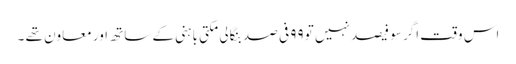
اس وقت اگر سو فیصد نہیں تو ۹۹ فی صد بنگالی مکتی باہنی کے ساتھ اور معاون تھے ۔